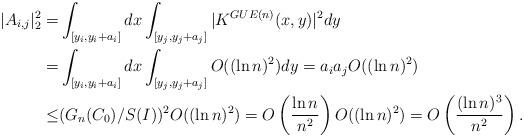
LaTeX: \begin{align*}|A_{i,j}|_2^2=&\int_{[y_i, y_i+a_i]}dx\int_{[y_j, y_j+a_j]}|K^{GUE(n)}(x,y)|^2dy\\ =&\int_{[y_i, y_i+a_i]}dx\int_{[y_j, y_j+a_j]}O((\ln n)^2)dy=a_ia_jO((\ln n)^2)\\ \leq&(G_n(C_0)/S(I))^2O((\ln n)^2)=O\left(\frac{\ln n}{n^2}\right)O((\ln n)^2)=O\left(\frac{(\ln n)^3}{n^2}\right).\end{align*}